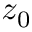
z _ { 0 }